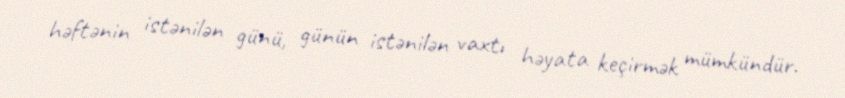
həftənin istənilən günü, günün istənilən vaxtı həyata keçirmək mümkündür.